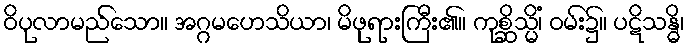
ဝိပုလာမည်သော။ အဂ္ဂမဟေသိယာ၊ မိဖုရားကြီး၏။ ကုစ္ဆိသ္မိံ၊ ဝမ်း၌။ ပဋိသန္ဓိ၊